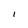
Character: l